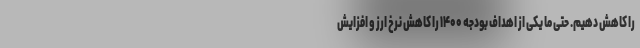
را کاهش دهیم. حتی ما یکی از اهداف بودجه ۱۴۰۰ را کاهش نرخ ارز و افزایش